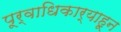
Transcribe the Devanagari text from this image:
पूर्वाधिकार्‍याहून